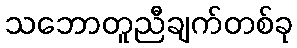
သဘောတူညီချက်တစ်ခု